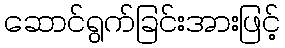
ဆောင်ရွက်ခြင်းအားဖြင့်